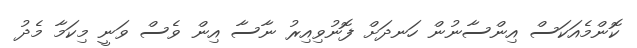
ކޮންމެއަކަސް އިންސާނުން ހަނދަށް ފޮނުވިއިރު ނާސާ އިން ވެސް ވަނީ މިކަމާ މެދު